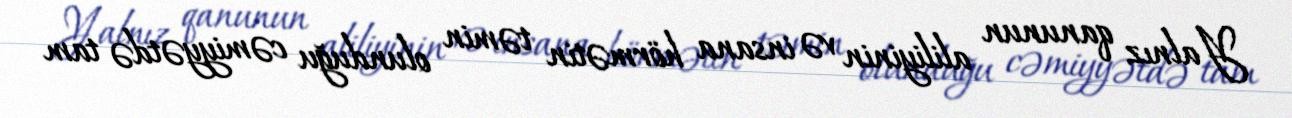
Yalnız qanunun aliliyinin və insana hörmətin təmin olunduğu cəmiyyətdə tam